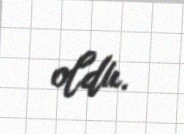
oldu.